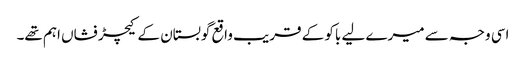
اسی وجہ سے میرے لیے باکو کے قریب واقع گوبستان کے کیچڑ فشاں اہم تھے۔